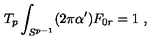
T _ { p } \int _ { S ^ { p - 1 } } ( 2 \pi \alpha ^ { \prime } ) F _ { 0 r } = 1 \ ,